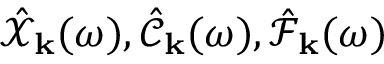
\hat { \mathcal { X } } _ { \bf k } ( \omega ) , \hat { \mathcal { C } } _ { \bf k } ( \omega ) , \hat { \mathcal { F } } _ { \bf k } ( \omega )